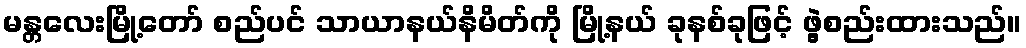
မန္တလေးမြို့တော် စည်ပင် သာယာနယ်နိမိတ်ကို မြို့နယ် ခုနစ်ခုဖြင့် ဖွဲ့စည်းထားသည်။